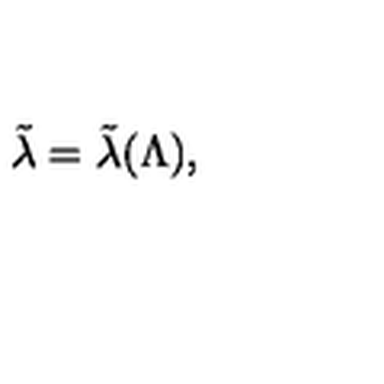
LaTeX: \tilde { \lambda } = \tilde { \lambda } ( \Lambda ) ,